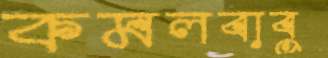
কমলবাবু